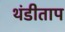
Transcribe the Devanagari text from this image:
थंडीताप